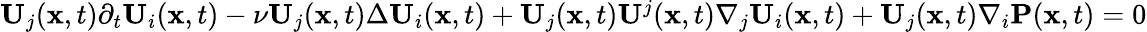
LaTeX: \begin{array}{r}{\mathbf{U}_{j}(\mathbf{x},t)\partial_{t}\mathbf{U}_{i}(\mathbf{x},t)-\nu\mathbf{U}_{j}(\mathbf{x},t)\Delta\mathbf{U}_{i}(\mathbf{x},t)+\mathbf{U}_{j}(\mathbf{x},t)\mathbf{U}^{j}(\mathbf{x},t)\nabla_{j}\mathbf{U}_{i}(\mathbf{x},t)+\mathbf{U}_{j}(\mathbf{x},t)\nabla_{i}\mathbf{P}(\mathbf{x},t)=0}\end{array}